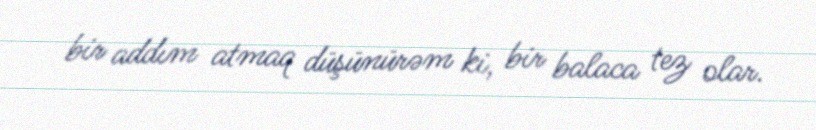
bir addım atmaq düşünürəm ki, bir balaca tez olar.